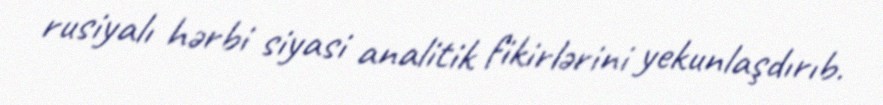
rusiyalı hərbi siyasi analitik fikirlərini yekunlaşdırıb.